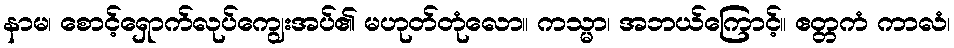
နာမ၊ စောင့်ရှောက်လုပ်ကျွေးအပ်၏ မဟုတ်တုံလော။ ကသ္မာ၊ အဘယ်ကြောင့်။ ဧတ္တကံ ကာလံ၊